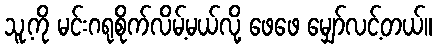
သူ့ကို မင်းဂရုစိုက်လိမ့်မယ်လို့ ဖေဖေ မျှော်လင့်တယ်။